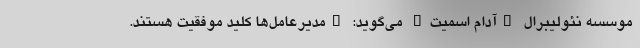
موسسه نئولیبرال "آدام اسمیت" می‌گوید: "مدیرعامل‌ها کلید موفقیت هستند.